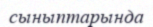
сыныптарында